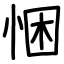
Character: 悃